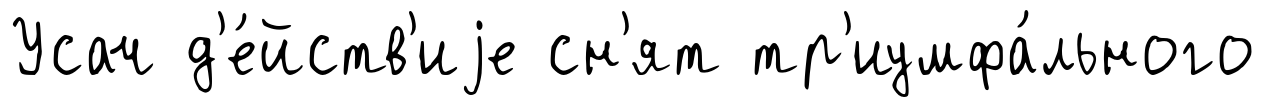
Усач д'е́йств'иjе сн'ят тр'иумфа́льного